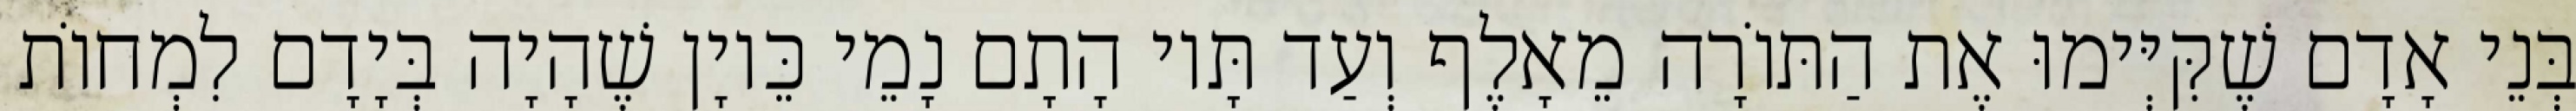
בְּנֵי אָדָם שֶׁקִּיְּימוּ אֶת הַתּוֹרָה מֵאָלֶף וְעַד תָּיו הָתָם נָמֵי כֵּיוָן שֶׁהָיָה בְּיָדָם לִמְחוֹת